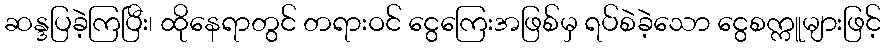
ဆန္ဒပြခဲ့ကြပြီး၊ ထိုနေရာတွင် တရားဝင် ငွေကြေးအဖြစ်မှ ရပ်စဲခဲ့သော ငွေစက္ကူများဖြင့်